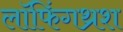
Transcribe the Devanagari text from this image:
लॉफिंगथ्रश